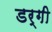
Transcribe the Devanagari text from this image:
डर्गी